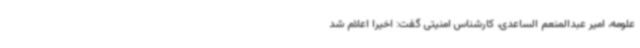
علومه، امیر عبدالمنعم الساعدی، کارشناس امنیتی گفت: اخیرا اعلام شد